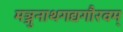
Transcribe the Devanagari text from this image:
मञ्जुनाथगद्यगौरवम्